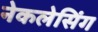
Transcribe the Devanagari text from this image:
नेकलेसिंग